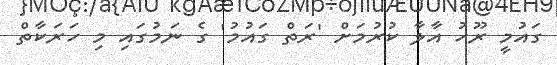
ގައުމީ ރޫހު އާލާ ކުރުމަށް 'ރަތް ގައުމު' ގެ ނަމުގައި މި ހަރަކާތް